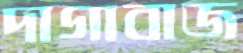
দাগাবাজ